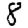
Digit: 8